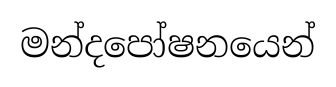
මන්දපෝෂනයෙන්